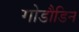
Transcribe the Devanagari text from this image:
गोडौडिन